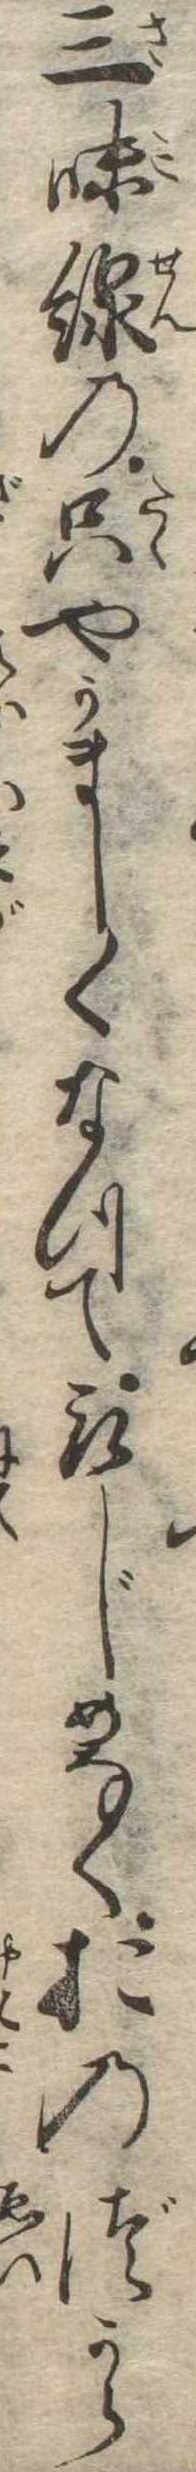
三味線の只やかましくなつて取じめなくおのづから